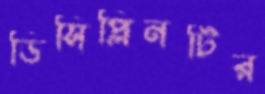
ডিসিপ্লিনটির